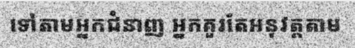
ទៅតាមអ្នកជំនាញ អ្នកគួរតែអនុវត្តតាម